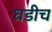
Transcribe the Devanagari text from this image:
घडीच